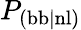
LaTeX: P_{\mathrm{(bb|nl)}}